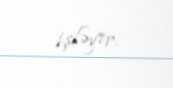
işləyir.